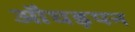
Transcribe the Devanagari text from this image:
औघड़पन